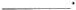
___.